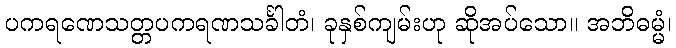
ပကရဏေသတ္တပကရဏသင်္ခါတံ၊ ခုနှစ်ကျမ်းဟု ဆိုအပ်သော။ အဘိဓမ္မံ၊